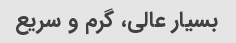
بسیار عالی، گرم و سریع